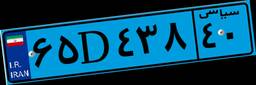
۶۵D۴۳۸۴۰